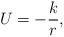
LaTeX: \begin{align*}U=-\frac{k}{r},\end{align*}